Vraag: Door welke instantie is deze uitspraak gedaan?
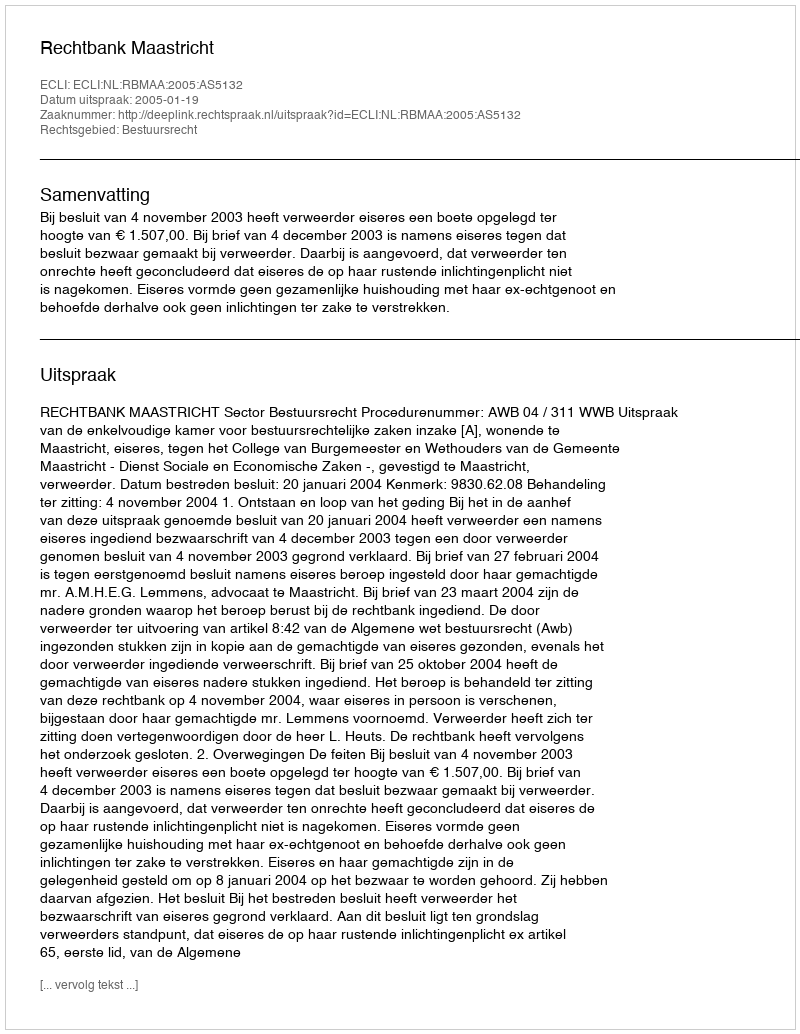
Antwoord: Rechtbank Maastricht